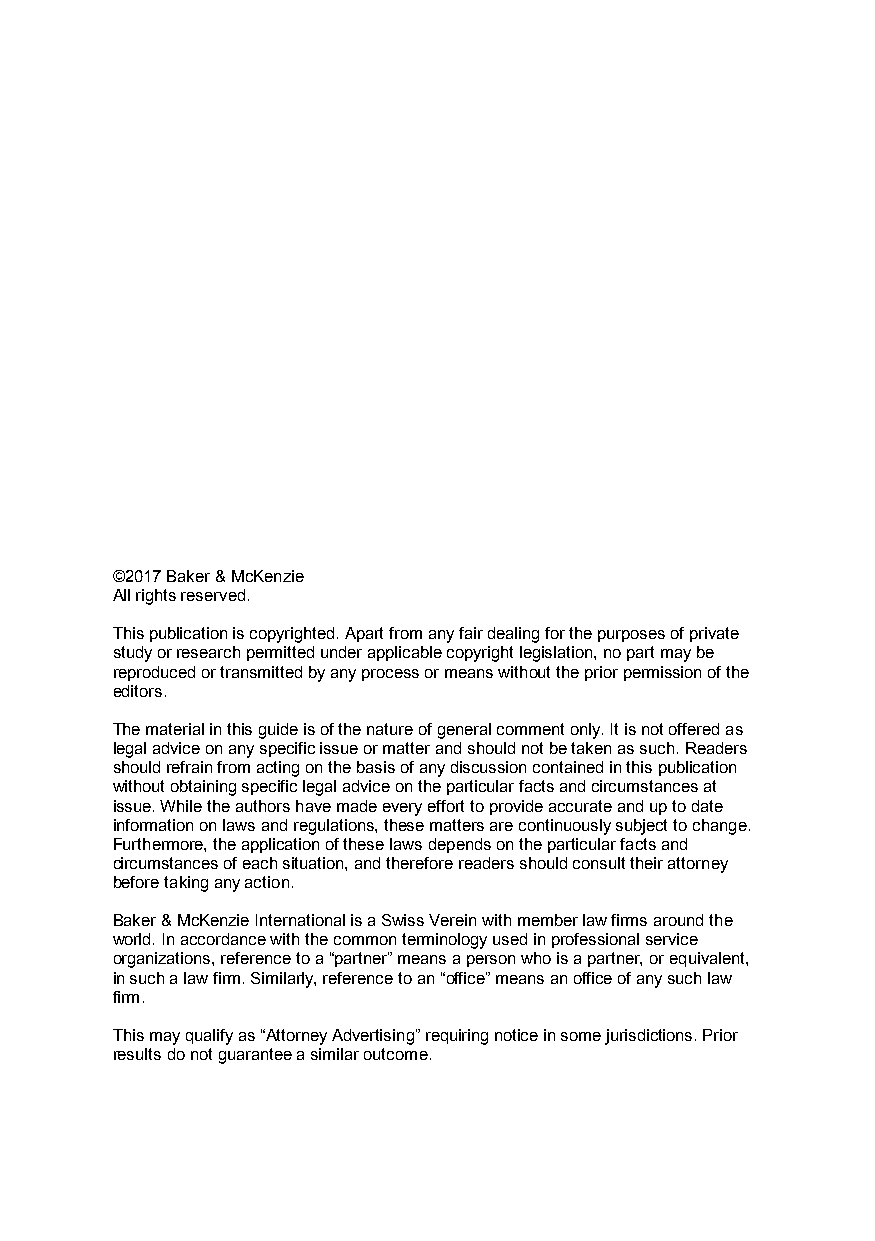
©2017 Baker & McKenzie
 All rights reserved.
 This publication is copyrighted. Apart from any fair dealing for the purposes of private
 study or research permitted under applicable copyright legislation, no part may be
 reproduced or transmitted by any process or means without the prior permission of the
 editors.
 The material in this guide is of the nature of general comment only. It is not offered as
 legal advice on any specific issue or matter and should not be taken as such. Readers
 should refrain from acting on the basis of any discussion contained in this publication
 without obtaining specific legal advice on the particular facts and circumstances at
 issue. While the authors have made every effort to provide accurate and up to date
 information on laws and regulations, these matters are continuously subject to change.
 Furthermore, the application of these laws depends on the particular facts and
 circumstances of each situation, and therefore readers should consult their attorney
 before taking any action.
 Baker & McKenzie International is a Swiss Verein with member law firms around the
 world. In accordance with the common terminology used in professional service
 organizations, reference to a “partner” means a person who is a partner, or equivalent,
 in such a law firm. Similarly, reference to an “office” means an office of any such law
 firm.
 This may qualify as “Attorney Advertising” requiring notice in some jurisdictions. Prior
 results do not guarantee a similar outcome.